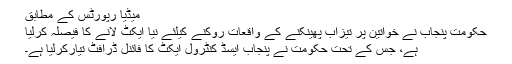
میڈیا رپورٹس کے مطابق
حکومت پنجاب نے خواتین پر تیزاب پھینکنے کے واقعات روکنے کیلئے نیا ایکٹ لانے کا فیصلہ کرلیا
ہے، جس کے تحت حکومت نے پنجاب ایسڈ کنٹرول ایکٹ کا فائنل ڈرافٹ تیارکرلیا ہے۔